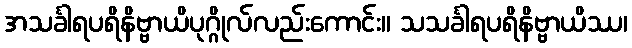
အသင်္ခါရပရိနိဗ္ဗာယိပုဂ္ဂိုလ်လည်းကောင်း။ သသင်္ခါရပရိနိဗ္ဗာယိဿ၊